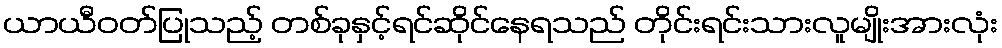
ယာယီဝတ်ပြုသည့် တစ်ခုနှင့်ရင်ဆိုင်နေရသည် တိုင်းရင်းသားလူမျိုးအားလုံး